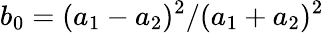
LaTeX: b_{0}=(a_{1}-a_{2})^{2}/(a_{1}+a_{2})^{2}